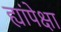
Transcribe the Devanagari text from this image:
ह्यांपेक्षा